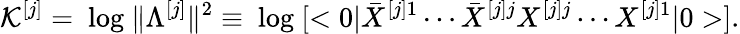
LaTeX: {\cal K}^{[j]}=\mathrm{~log~}\| \Lambda^{[j]}\| ^{2}\equiv\mathrm{~log~}[<0|{\bar{X}}^{[j]1}\cdots{\bar{X}}^{[j]j}{X}^{[j]j}\cdots{X}^{[j]1}|0>].